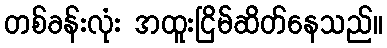
တစ်ခန်းလုံး အထူးငြိမ်ဆိတ်နေသည်။